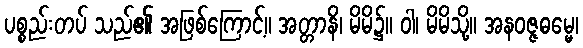
ပစ္စည်းတပ် သည်၏ အဖြစ်ကြောင့်။ အတ္တာနိ၊ မိမိ၌။ ဝါ၊ မိမိသို့။ အနဝဇ္ဇဓမ္မေ၊